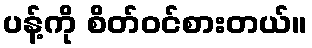
ပန့်ကို စိတ်ဝင်စားတယ်။